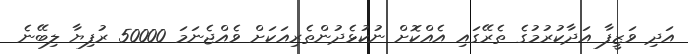
އަދި ވަޒީފާ އަދާކުރުމުގެ ތެރޭގައި އެއްކޮށް ނުކުޅެދުންތެރިއަކަށް ވެއްޖެނަމަ 50000 ރުފިޔާ ލިބޭނެ